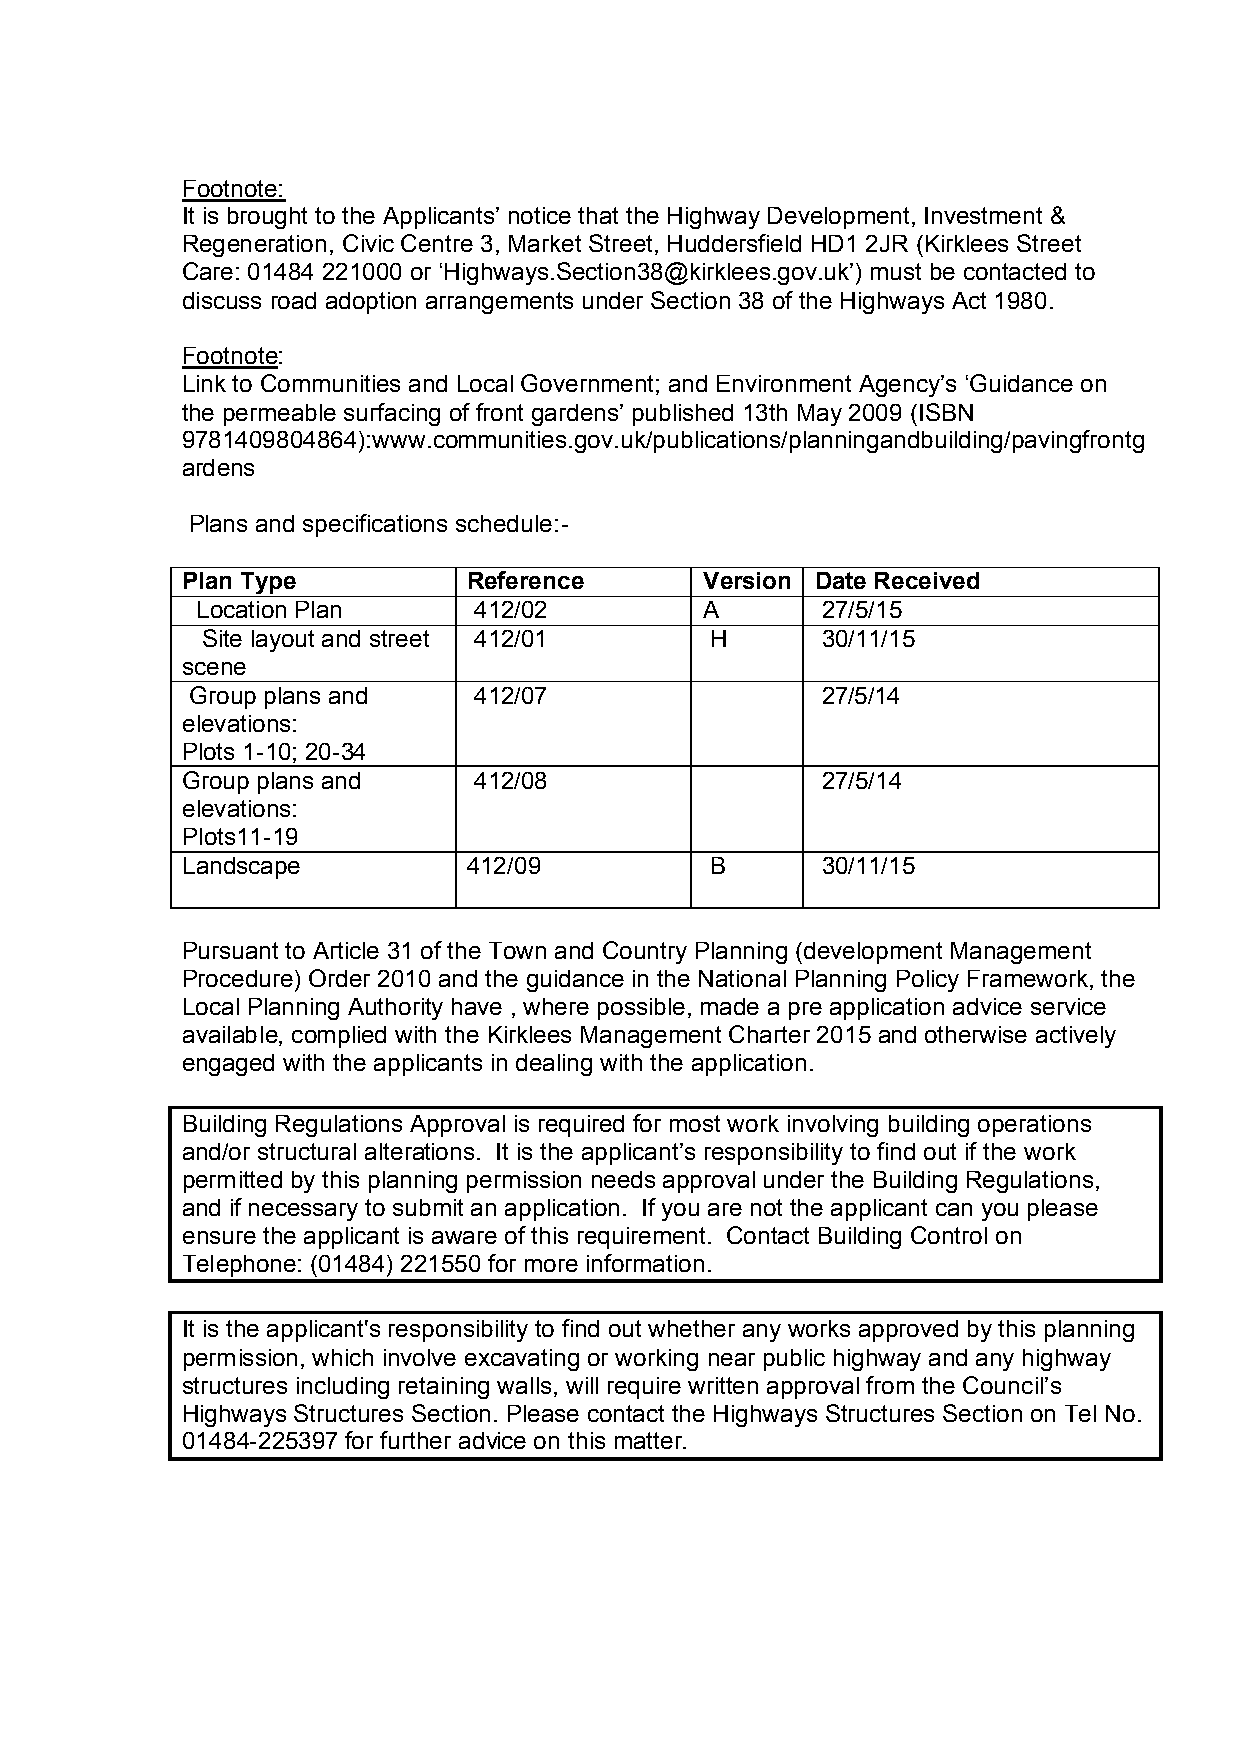
Footnote:
 It is brought to the Applicants’ notice that the Highway Development, Investment &
 Regeneration, Civic Centre 3, Market Street, Huddersfield HD1 2JR (Kirklees Street
 Care: 01484 221000 or ‘Highways.Section38@kirklees.gov.uk’) must be contacted to
 discuss road adoption arrangements under Section 38 of the Highways Act 1980.
 Footnote:
 Link to Communities and Local Government; and Environment Agency’s ‘Guidance on
 the permeable surfacing of front gardens’ published 13th May 2009 (ISBN
 9781409804864):www.communities.gov.uk/publications/planningandbuilding/pavingfrontg
 ardens
 Plans and specifications schedule:-
 Plan Type          Reference       Version Date Received
 Location Plan     412/02          A      27/5/15
 Site layout and street 412/01     H      30/11/15
 scene
 Group plans and   412/07                 27/5/14
 elevations:
 Plots 1-10; 20-34
 Group plans and    412/08                 27/5/14
 elevations:
 Plots11-19
 Landscape          412/09          B      30/11/15
 Pursuant to Article 31 of the Town and Country Planning (development Management
 Procedure) Order 2010 and the guidance in the National Planning Policy Framework, the
 Local Planning Authority have , where possible, made a pre application advice service
 available, complied with the Kirklees Management Charter 2015and otherwise actively
 engaged with the applicants in dealing with the application.
 Building Regulations Approval is required for most work involving building operations
 and/or structural alterations. It is the applicant’s responsibility to find out if the work
 permitted by this planning permission needs approval under the Building Regulations,
 and if necessary to submit an application. If you are not the applicant can you please
 ensure the applicant is aware of this requirement. Contact Building Control on
 Telephone: (01484) 221550 for more information.
 It is the applicant's responsibility to find out whether any works approved by this planning
 permission, which involve excavating or working near public highway and any highway
 structures including retaining walls, will require written approval from the Council’s
 Highways Structures Section. Please contact the Highways Structures Section on Tel No.
 01484-225397 for further advice on this matter.